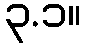
၃.၁။